system: You are a helpful assistant.
user:
Analyze the provided spectrum to determine if it is a **S-type Star**.

- **Key Indicators for S-type Star:**

    - **(Overall Spectrum Shape):** The first and most obvious characteristic is the overall continuum (the "baseline" shape). It is **extremely "red-sloping,"** meaning the flux (light intensity) is very low on the left side (blue, ~4000-4500 Å) and rises steeply and continuously toward the right side (red, ~7000 Å+).

    - **(Primary):** The spectrum is defined by the presence of strong, broad molecular absorption "valleys" (bands) from **Zirconium Oxide (ZrO)**. The identification of these bands is the **primary requirement** for classifying a star as S-type.
        - **(Key Bandheads):** You must find distinct, deep "dips" where the light has been absorbed. The most critical band systems to locate are:
            - **~6474 Å** ($\gamma$-system): This is often the strongest and clearest ZrO feature, found in the red part of the spectrum.
            - **~5718 Å** & **~5551 Å** ($\beta$-system): A pair of prominent absorption features in the yellow-orange part of the spectrum.
            - **~4640 Å** ($\alpha$-system): A key absorption band system in the blue-green region of the spectrum.

    - **(Secondary Confirmation):** The classification is strengthened by finding additional absorption bands from other related heavy element oxides, which are expected to be present alongside ZrO.
        - **(Key Bandheads):**
            - **Yttrium Oxide (YO):** Look for absorption dips near **~4800 Å** and **~6100 Å**.
            - **Lanthanum Oxide (LaO):** Additional absorption features, particularly in the red-orange part of the spectrum, are also characteristic.

    - **(Line Profile):** The combination of the steep red continuum and these numerous, deep molecular bands (ZrO, YO, etc.) gives the entire spectrum a very **"chopped-up"** or **"bumpy"** appearance. Instead of a smooth curve, the spectrum looks as though large, wide chunks of light have been "carved out" of it at the specific wavelengths listed above.

Think first, call **spectral_visualization_tool** if needed to examine features in detail, then provide your final answer. Your response must adhere to the following strict rules:
1.  **Overall Structure:** Your response must follow the format `<think>...</think> <tool_call>...</tool_call> (if a tool is used) <answer>...</answer>`.
2.  **Tool Usage Constraint:** You may only make **one** tool call per turn.
3.  **Final Answer Format:** In the `<answer>` tag, your conclusion must be inside a `\boxed{}` command (e.g., `\boxed{YES}` or `\boxed{NO}`), followed by your justification.

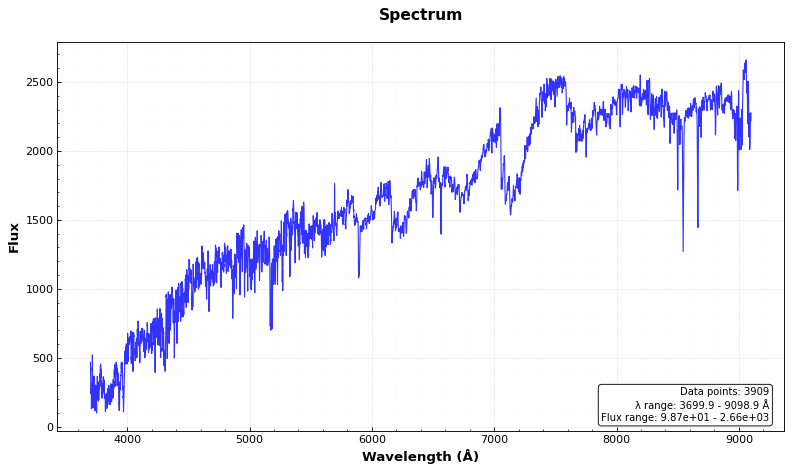
Answer: YES